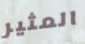
المثير